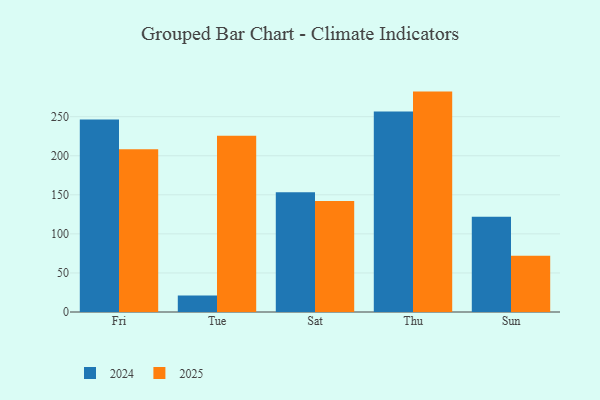
{"axis": {"x": "Day", "y": "Demand Index"}, "legend": ["2024", "2025"], "data": [{"x": "Fri", "y": 246.5, "type": "2024"}, {"x": "Fri", "y": 208.4, "type": "2025"}, {"x": "Tue", "y": 21.1, "type": "2024"}, {"x": "Tue", "y": 225.5, "type": "2025"}, {"x": "Sat", "y": 153.2, "type": "2024"}, {"x": "Sat", "y": 142.2, "type": "2025"}, {"x": "Thu", "y": 256.6, "type": "2024"}, {"x": "Thu", "y": 282.1, "type": "2025"}, {"x": "Sun", "y": 121.9, "type": "2024"}, {"x": "Sun", "y": 72.1, "type": "2025"}]}